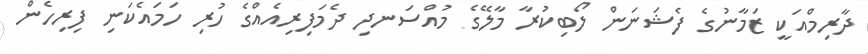
ދާރިމްއަކީ ޒަމާނުގެ ފެޝަނަން ލޯބިކުރާ މާލޭގެ މުއްސަނދި ދެމަފިރިއެއްގެ ހުރި ހަމައެކަނި ފިރިހެން